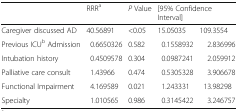
<table><thead><tr><td></td><td><b>RRR<sup>a</sup></b></td><td><b><i>P</i> Value</b></td><td colspan="2"><b>[95% Confidence Interval]</b></td></tr></thead><tbody><tr><td>Caregiver discussed AD</td><td>40.56891</td><td>&lt;0.05</td><td>15.05035</td><td>109.3554</td></tr><tr><td>Previous ICU<sup>b</sup> Admission</td><td>0.6650326</td><td>0.582</td><td>0.1558932</td><td>2.836996</td></tr><tr><td>Intubation history</td><td>0.4509578</td><td>0.304</td><td>0.0987241</td><td>2.059912</td></tr><tr><td>Palliative care consult</td><td>1.43966</td><td>0.474</td><td>0.5305328</td><td>3.906678</td></tr><tr><td>Functional Impairment</td><td>4.169589</td><td>0.021</td><td>1.243331</td><td>13.98298</td></tr><tr><td>Specialty</td><td>1.010565</td><td>0.986</td><td>0.3145422</td><td>3.246757</td></tr></tbody></table>